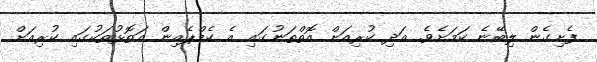
ފެށިގެން ލިބޭނެ ކަމަށެވެ. އަދި ކުރިއަށް އޮތްތަނުގައި އެ ކެމްޕެއިން އަތޮޅުތަކުގައި ކުރިއަށް